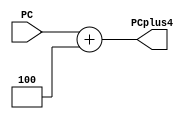
module PC_adder(PC, PCplus4);

	input [31:0] PC;
	output [31:0] PCplus4;
	
	
	assign PCplus4 = PC + 32'd4;
	 
endmodule